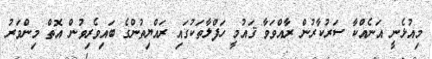
މިއުޅެނީ އަނެއްކާ ސަރުކާރުން ރާއްވަވާ ޤައުމީ ހަފްލާތަކުގައި ރައްޔިތުންގެ ބައިވެރިވުން އޮތް މިންވަރު